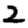
Digit: 2